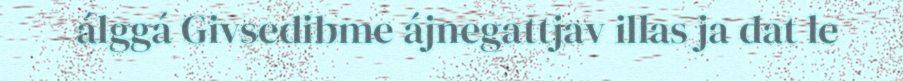
álggá Givsedibme ájnegattjav illas ja dat le